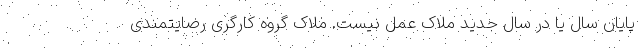
پایان سال یا در سال جدید ملاک عمل نیست. ملاک گروه کارگری رضایتمندی